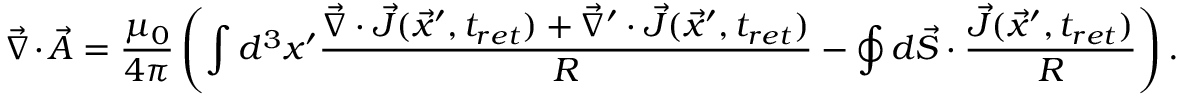
\vec { \nabla } \cdot \vec { A } = \frac { \mu _ { 0 } } { 4 \pi } \left( \int d ^ { 3 } x ^ { \prime } \frac { \vec { \nabla } \cdot \vec { J } ( \vec { x } ^ { \prime } , t _ { r e t } ) + \vec { \nabla } ^ { \prime } \cdot \vec { J } ( \vec { x } ^ { \prime } , t _ { r e t } ) } { R } - \oint d \vec { S } \cdot \frac { \vec { J } ( \vec { x } ^ { \prime } , t _ { r e t } ) } { R } \right) .